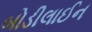
બોડીલાઈન